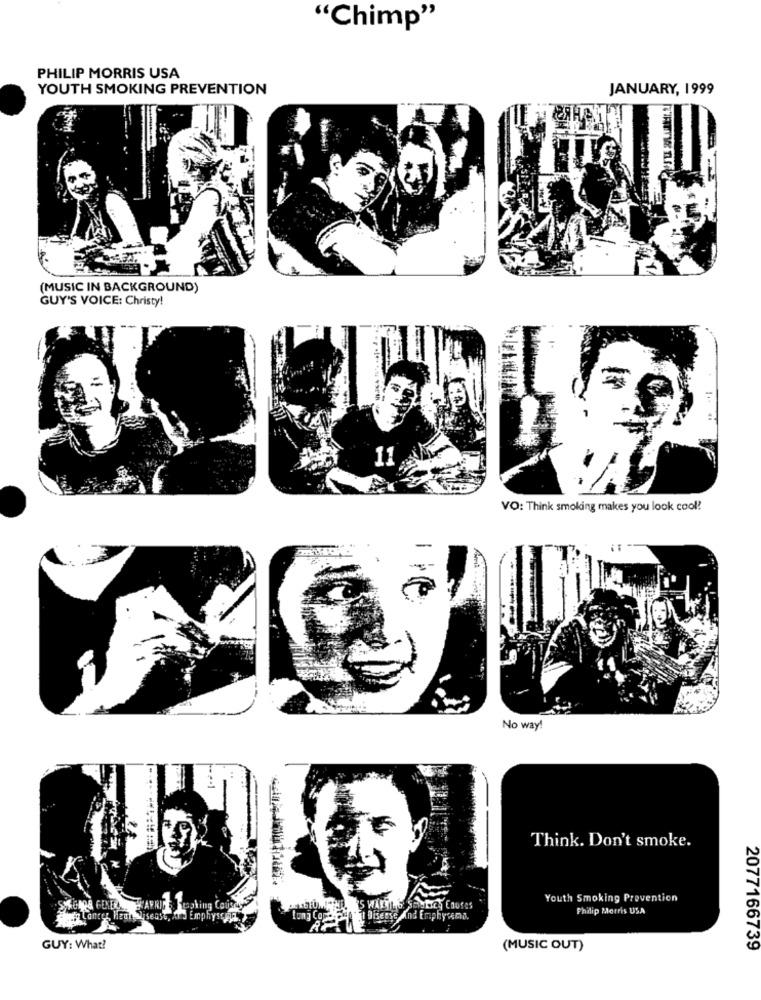
"Chimp"
PHILIP MORRIS USA
YOUTH SMOKING PREVENTION
JANUARY, 1999
(MUSIC IN BACKGROUND)
GUY'S VOICE: Christy!
VO: Think smoking makes you look cool!
No way!
Think. Don't smoke.
Youth Smoking Prevention
agking Caused"
Philip Morris USA
Lancer,
far Emphyschn
of Disease And Emphysema.
GUY: What?
(MUSIC OUT)
2077166739